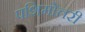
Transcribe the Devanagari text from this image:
पशिमोत्तरी